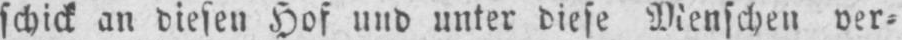
schick an diesen Hof und unter diese Menschen ver⸗